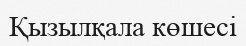
Қызылқала көшесі